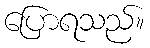
ပြောရသည်။